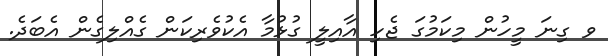
ވ ގިނަ މީހުން މިކަމުގަ ޖެހި އާއިލީ ގުޅުމާ އެކުވެރިކަން ގެއްލިގެން އެބަދެ.